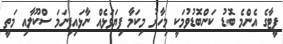
ޕީޓާގެ އެންމެ ބޮޑު ކަންބޮޑުވުމަކީ މިހާރު މިކަމާ ފިޔަވަޅެއް ނާޅައިފިނަމަ ސްކޫލާއި މަތީ